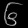
Digit: ၆